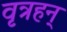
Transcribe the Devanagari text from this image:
वृत्रहन्